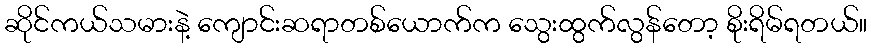
ဆိုင်ကယ်သမားနဲ့ ကျောင်းဆရာတစ်ယောက်က သွေးထွက်လွန်တော့ စိုးရိမ်ရတယ်။